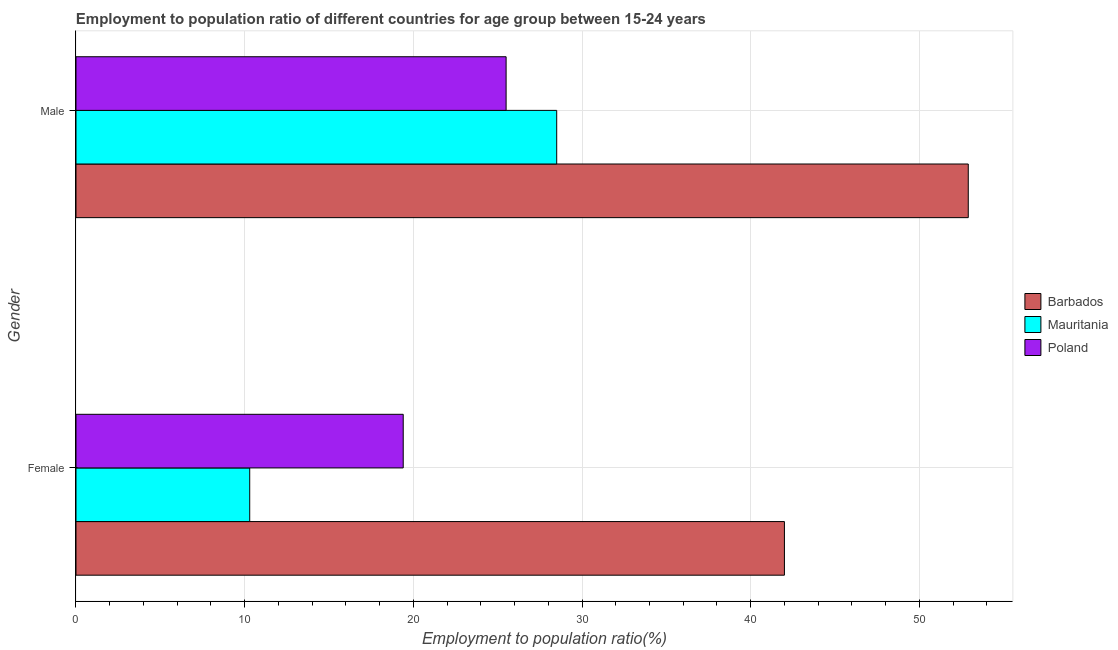
| Gender | Barbados | Mauritania | Poland |
 | --- | --- | --- | --- |
 | Female | 42 | 10.3 | 19.4 |
 | Male | 52.9 | 28.5 | 25.5 |